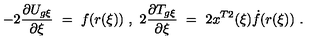
- 2 \frac { \partial U _ { g \xi } } { \partial \xi } \ = \ f ( r ( \xi ) ) \ , \ \- 2 \frac { \partial T _ { g \xi } } { \partial \xi } \ = \ 2 x ^ { T 2 } ( \xi ) \dot { f } ( r ( \xi ) ) \ .